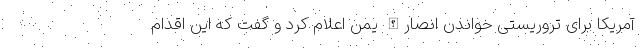
آمریکا برای تروریستی خواندن انصارالله یمن اعلام کرد و گفت که این اقدام